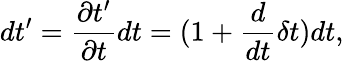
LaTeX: dt^{\prime}=\frac{\partial t^{\prime}}{\partial t}dt=(1+\frac{d}{dt}\delta t)dt,